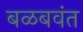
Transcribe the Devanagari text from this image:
बळबवंत